Statistical return of the lunatic asylum in Assam - 1912-1932
Year: 1912
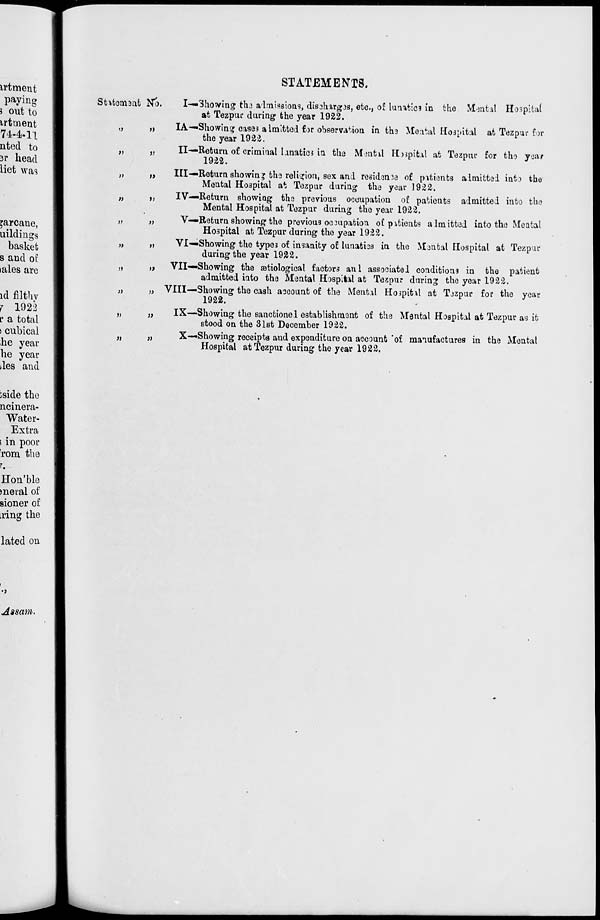
irtment
paying
i out to
irtment
74-4-11
nted to
3i* head
liet was
Stttcmsnt No.
'arcane,
uildings
basket
s and of
lales are
id filthv
7 1922
p a total
i cubical
he year
he year
Jes and
i>
t)
»
n
>)
»
n
»
»
>}
»
))
»>
»)
it
it
)}
»
»
»
STATEMENTS.
I—Showing thj admissions, dis3hirg3S, etc., of lan^tica in the Mental Hospital
at Tezpur during the year 1922.
IA—Showing cases a Imitted for observation in th3 Meatal Hospital at Tezpur for
the year 1923.
II—Return of criminal lunatic* in the M on til Hospital at Tezpur for tho year
1922.
Ill—Return showin* the religion, sex and residan^e of patients almittel into the
Mental Hospital at Tezpur during the year 1922.
IV—Return showiag the previous occupation of patients admitted into the
Mental Hospital at Tezpur during the year 1922.
V—Return showing the previous oc3upation oC pitients almitted into the Meatal
Hospital at Tezpur during the year 1922.
VI—Showing the types of insanity of lunatics in the M3ntal Hospital at Tezpur
during the year 1982.
VII—Showing the aetiological factors anl associate! conditions in the patient
admitted into the Mental Hospital at Tezpur during the year 1922.
VIII—Showing the cash account of the Mental Hospitil at Tozpur for the year
1922.
IX—'Showing the sanctionel establishment of the Mental Hospital at Tezpur as it
stood on the 31st December 1922.
X—'Showing receipts and expenditure on account 'of manufactures in the Mental
Hospital at Tezpur during the year 1922.
jside the
ncinera-
Water-
Extra
s in poor
rom the
r.
Hon'ble
moral of
sioner of
ring the
lated on
Assam.